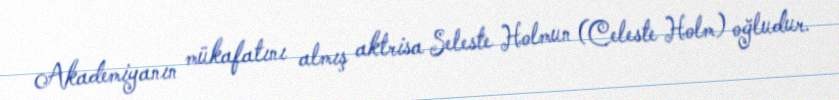
Akademiyanın mükafatını almış aktrisa Seleste Holmun (Celeste Holm) oğludur.